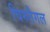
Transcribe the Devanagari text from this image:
चिरुतैगल